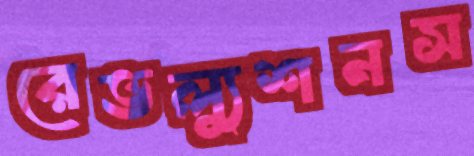
রেভল্যুশনস